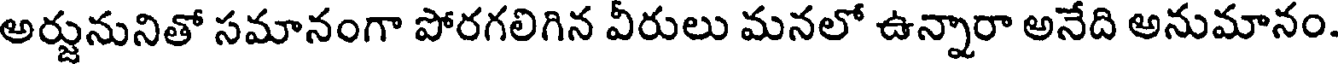
అర్జునునితో సమానంగా పోరగలిగిన వీరులు మనలో ఉన్నారా అనేది అనుమానం